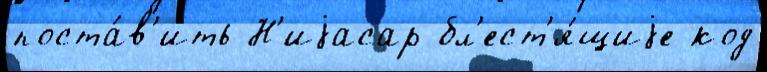
поста́в'ить Н'иjасар бл'ест'я́щиjе код